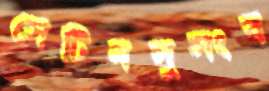
সেটিনসুসংব